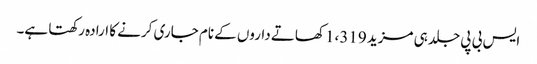
ایس بی پی جلد ہی مزید 1،319 کھاتے داروں کے نام جاری کرنے کا ارادہ رکھتا ہے۔